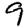
Digit: 9